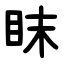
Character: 眜